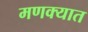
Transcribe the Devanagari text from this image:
मणक्‍यात